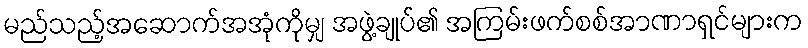
မည်သည့်အဆောက်အအုံကိုမျှ အဖွဲ့ချုပ်၏ အကြမ်းဖက်စစ်အာဏာရှင်များက